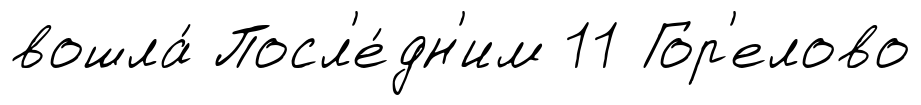
вошла́ Посл'е́дн'им 11 Гор'елово